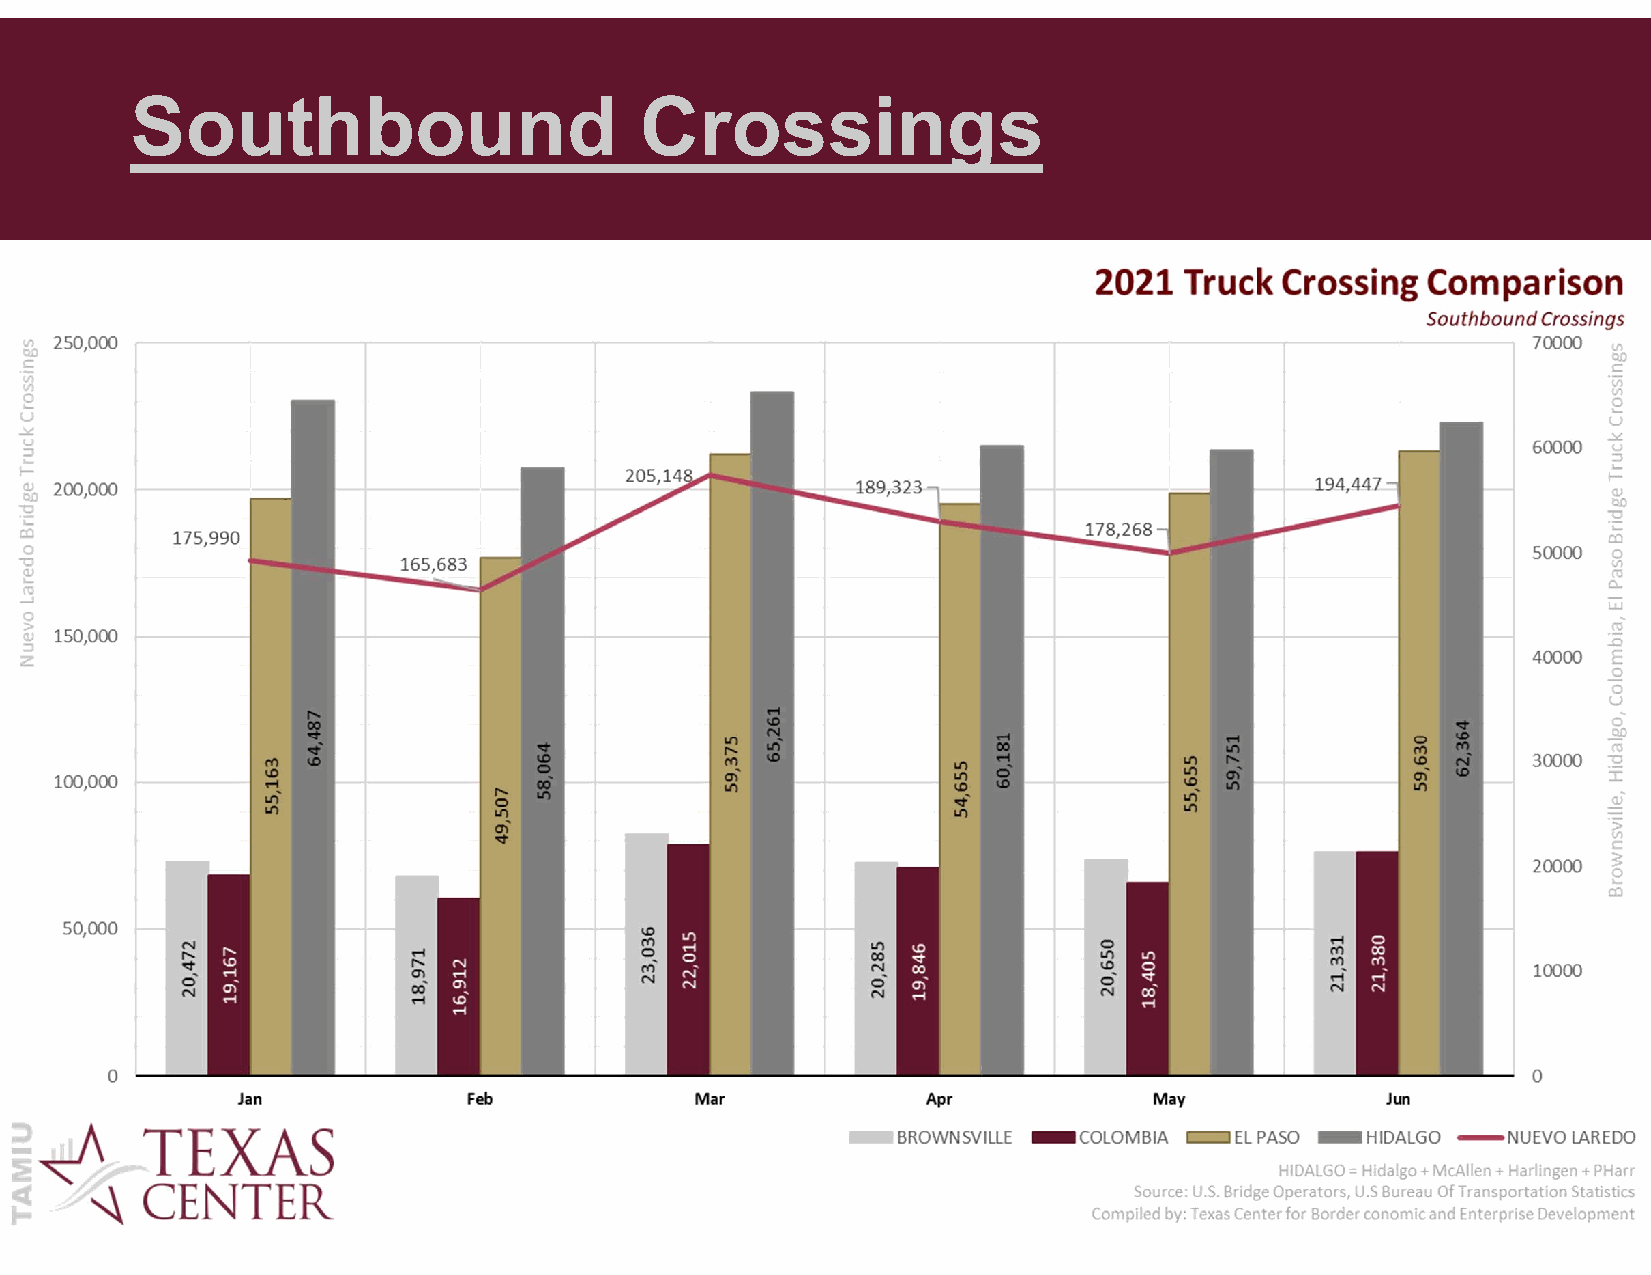
Southbound                       Crossings